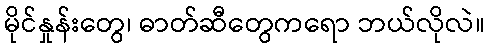
မိုင်နှုန်းတွေ၊ ဓာတ်ဆီတွေကရော ဘယ်လိုလဲ။